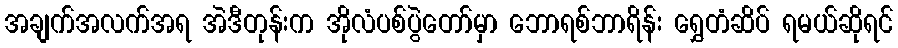
အချက်အလက်အရ အဲဒီတုန်းက အိုလံပစ်ပွဲတော်မှာ ဘောရစ်ဘာရိန်း ရွှေတံဆိပ် ရမယ်ဆိုရင်